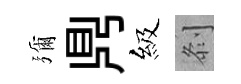
彌𪔂級𠛴